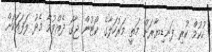
ހުކުމް ކުރި ފަނޑިޔާރަށް މަތީ މަރުހަލާގެ ކޯޓުން ޖާގަ ދެއްވުމާ މެދު ލަފައަކަށް